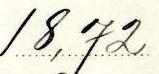
18,72